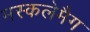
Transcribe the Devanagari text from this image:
मस्कलेमैग